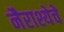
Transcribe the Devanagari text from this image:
नैराश्येचे